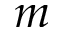
m